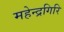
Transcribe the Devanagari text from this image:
महेन्द्रगिरि